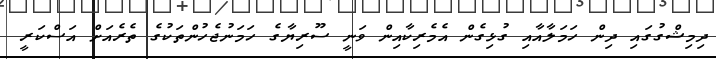
ދިމިޝްގުގައި ދިން ހަމަލާއާއި ގުޅިގެން އެމެރިކާއިން ވަނީ ސޫރިޔާގެ ހަމަނުޖެހުންތަކުގެ ތެރެއަށް އަސްކަރީ